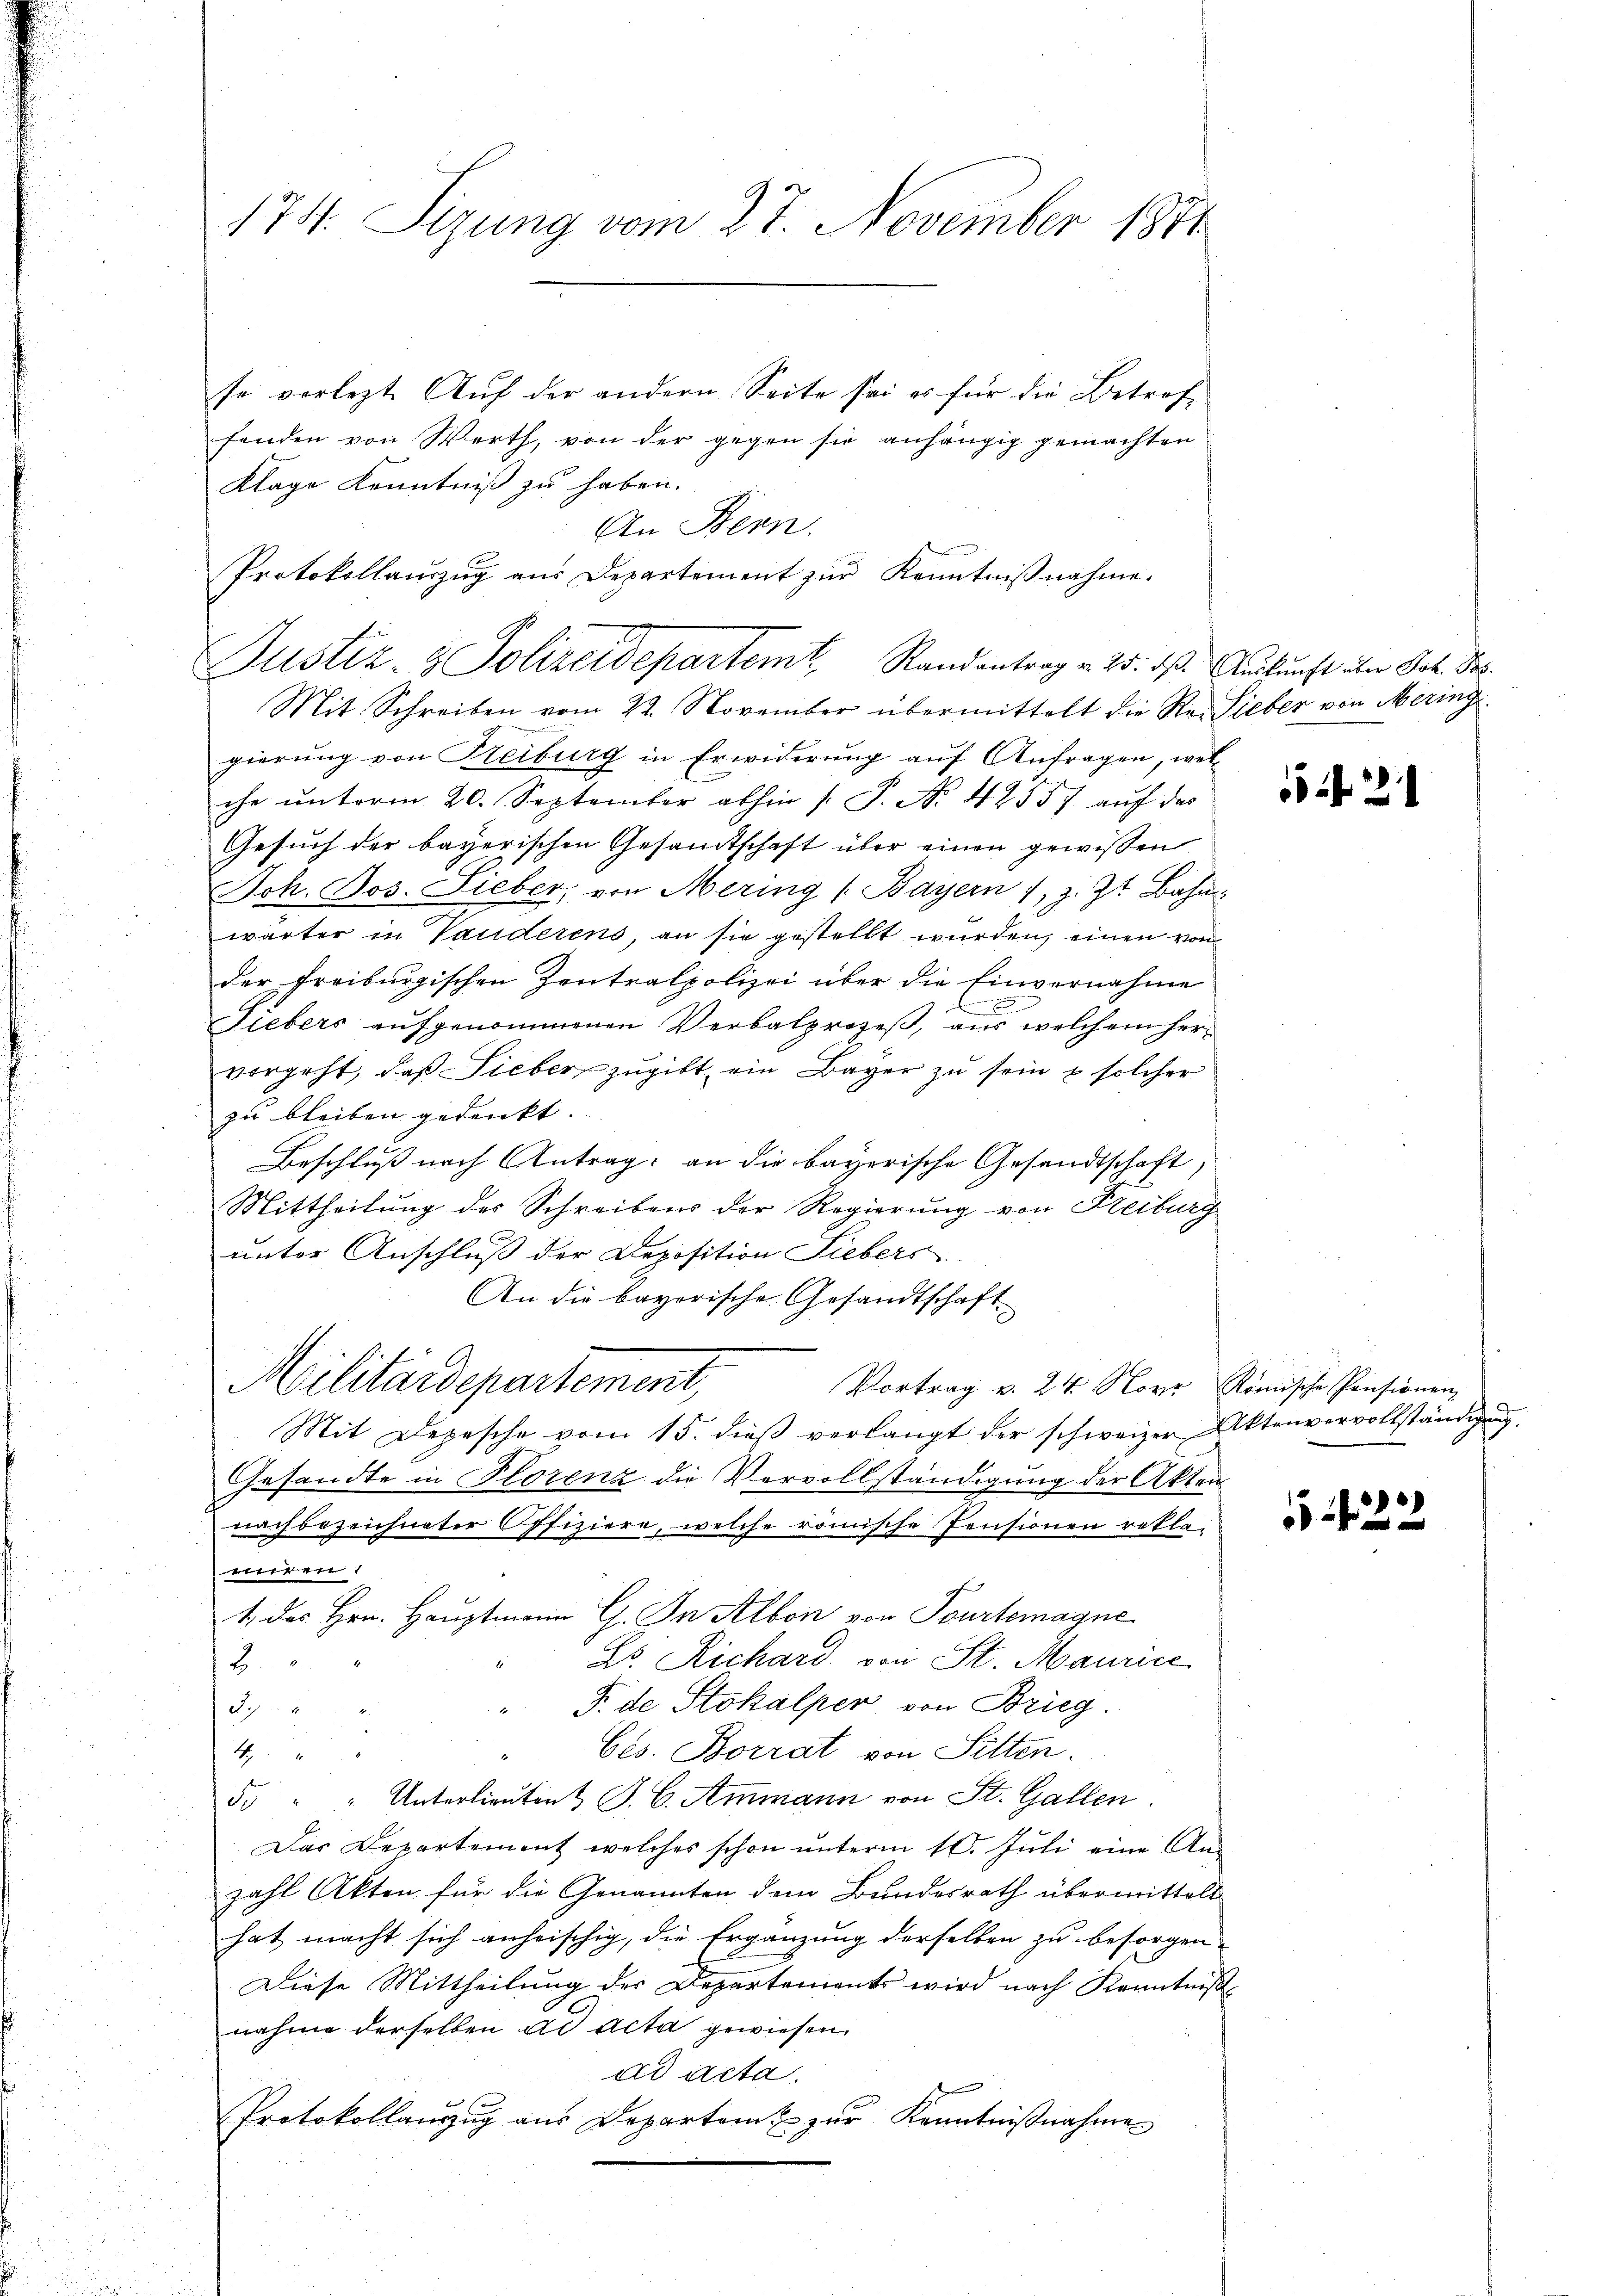
174. Sizung vom 27. November 1871

se vorlezte Auf der andern Seite sei es für die Betref
fanden von Werth, von der gegen sie anhängig gemachten
Klage Kenntniß zu haben.
An Bern.
Protokollanzŭg aŭs Departement zŭr Kenntniβnahme.
Mit Schreiben vom 22. November übermittelt die Re- Lieber von Mering
gierung von Reiburg in Erwiderung auf Anfragen, wel
che unterm 20. September abhin /: P. Nr. 42557 auf das
Gesŭch der bayerischen Gesamtschaft über einen gewissen
Joh. Jos. Lieber, von Mering (Bayern 1, z. Zt. Bahn:
wärter in Vauderens, an sie gestellt wurden, einen von
der Freiburgischen Zentralpolizei über die Einvernahme

Fiebers aufgenommenen Verbalprozeß, aus welchem hervorgeht, daß Sieber zugibt ein Bayer zu sein u solcher
zu bleiben gedenkt.
Beschluß nach Antrag: an die bayerische Gesandtschaft,
Mittheilung des Schreibens der Regierung von Freiburg
unter Anschluß der Deposition Liebers.
An die bayorische Gesandtschaft
Militärdepartement,
Vortrag v. 24. Novr Römische Pensionen
Mit Depesche vom 15. dieβ verlangt der schweizer Aktenvervollständigŭng:
Gesandte in Florenz die Vervollständigung der Akten
nachbezeichneter Offiziere, welche römische Pensionen rekla-
bebett st
1. das Hrn. Hauptmann G. In Albon von Tourtemagne
" Dr. Richard von St. Maurice
12
" F. de Stokalper von Brieg.
 2
bes. Borrat von Sitten.
1
5 " " Unterlieuten & J. C. Ammann von St. Gallen.
Das Departement welches schon unterm 10. Juli eine Ans
zahl Akten für die Genannten dem Bundesrath übermittelt
hat macht sich anheischig, die Ergänzung derselben zu besorgen-
Diese Mittheilung der Departements wird nach Kenntniß
nahme derselben ad acta gewiesen.
ad acta.
Protokollanzŭg aŭs Departamt zŭr Kenntniβnahme

Justiz- & Polizeidepartemt, Randantrag v. 25. dß. Auskunft aber Job. Bes

21

22